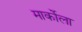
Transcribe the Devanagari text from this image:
मार्कोला